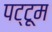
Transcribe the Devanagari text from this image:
पट्टूम